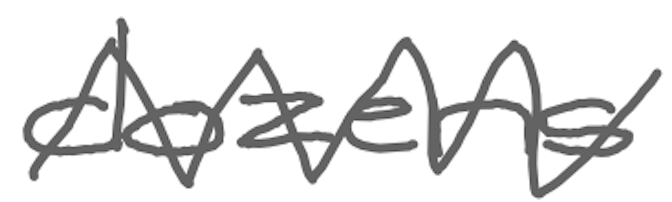
Text: dozens
Cross-out: zig-zag
Writing tool: digital_gray